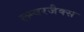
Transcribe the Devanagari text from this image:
लम्बरजैक्स